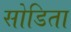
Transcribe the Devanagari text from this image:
सोडिता